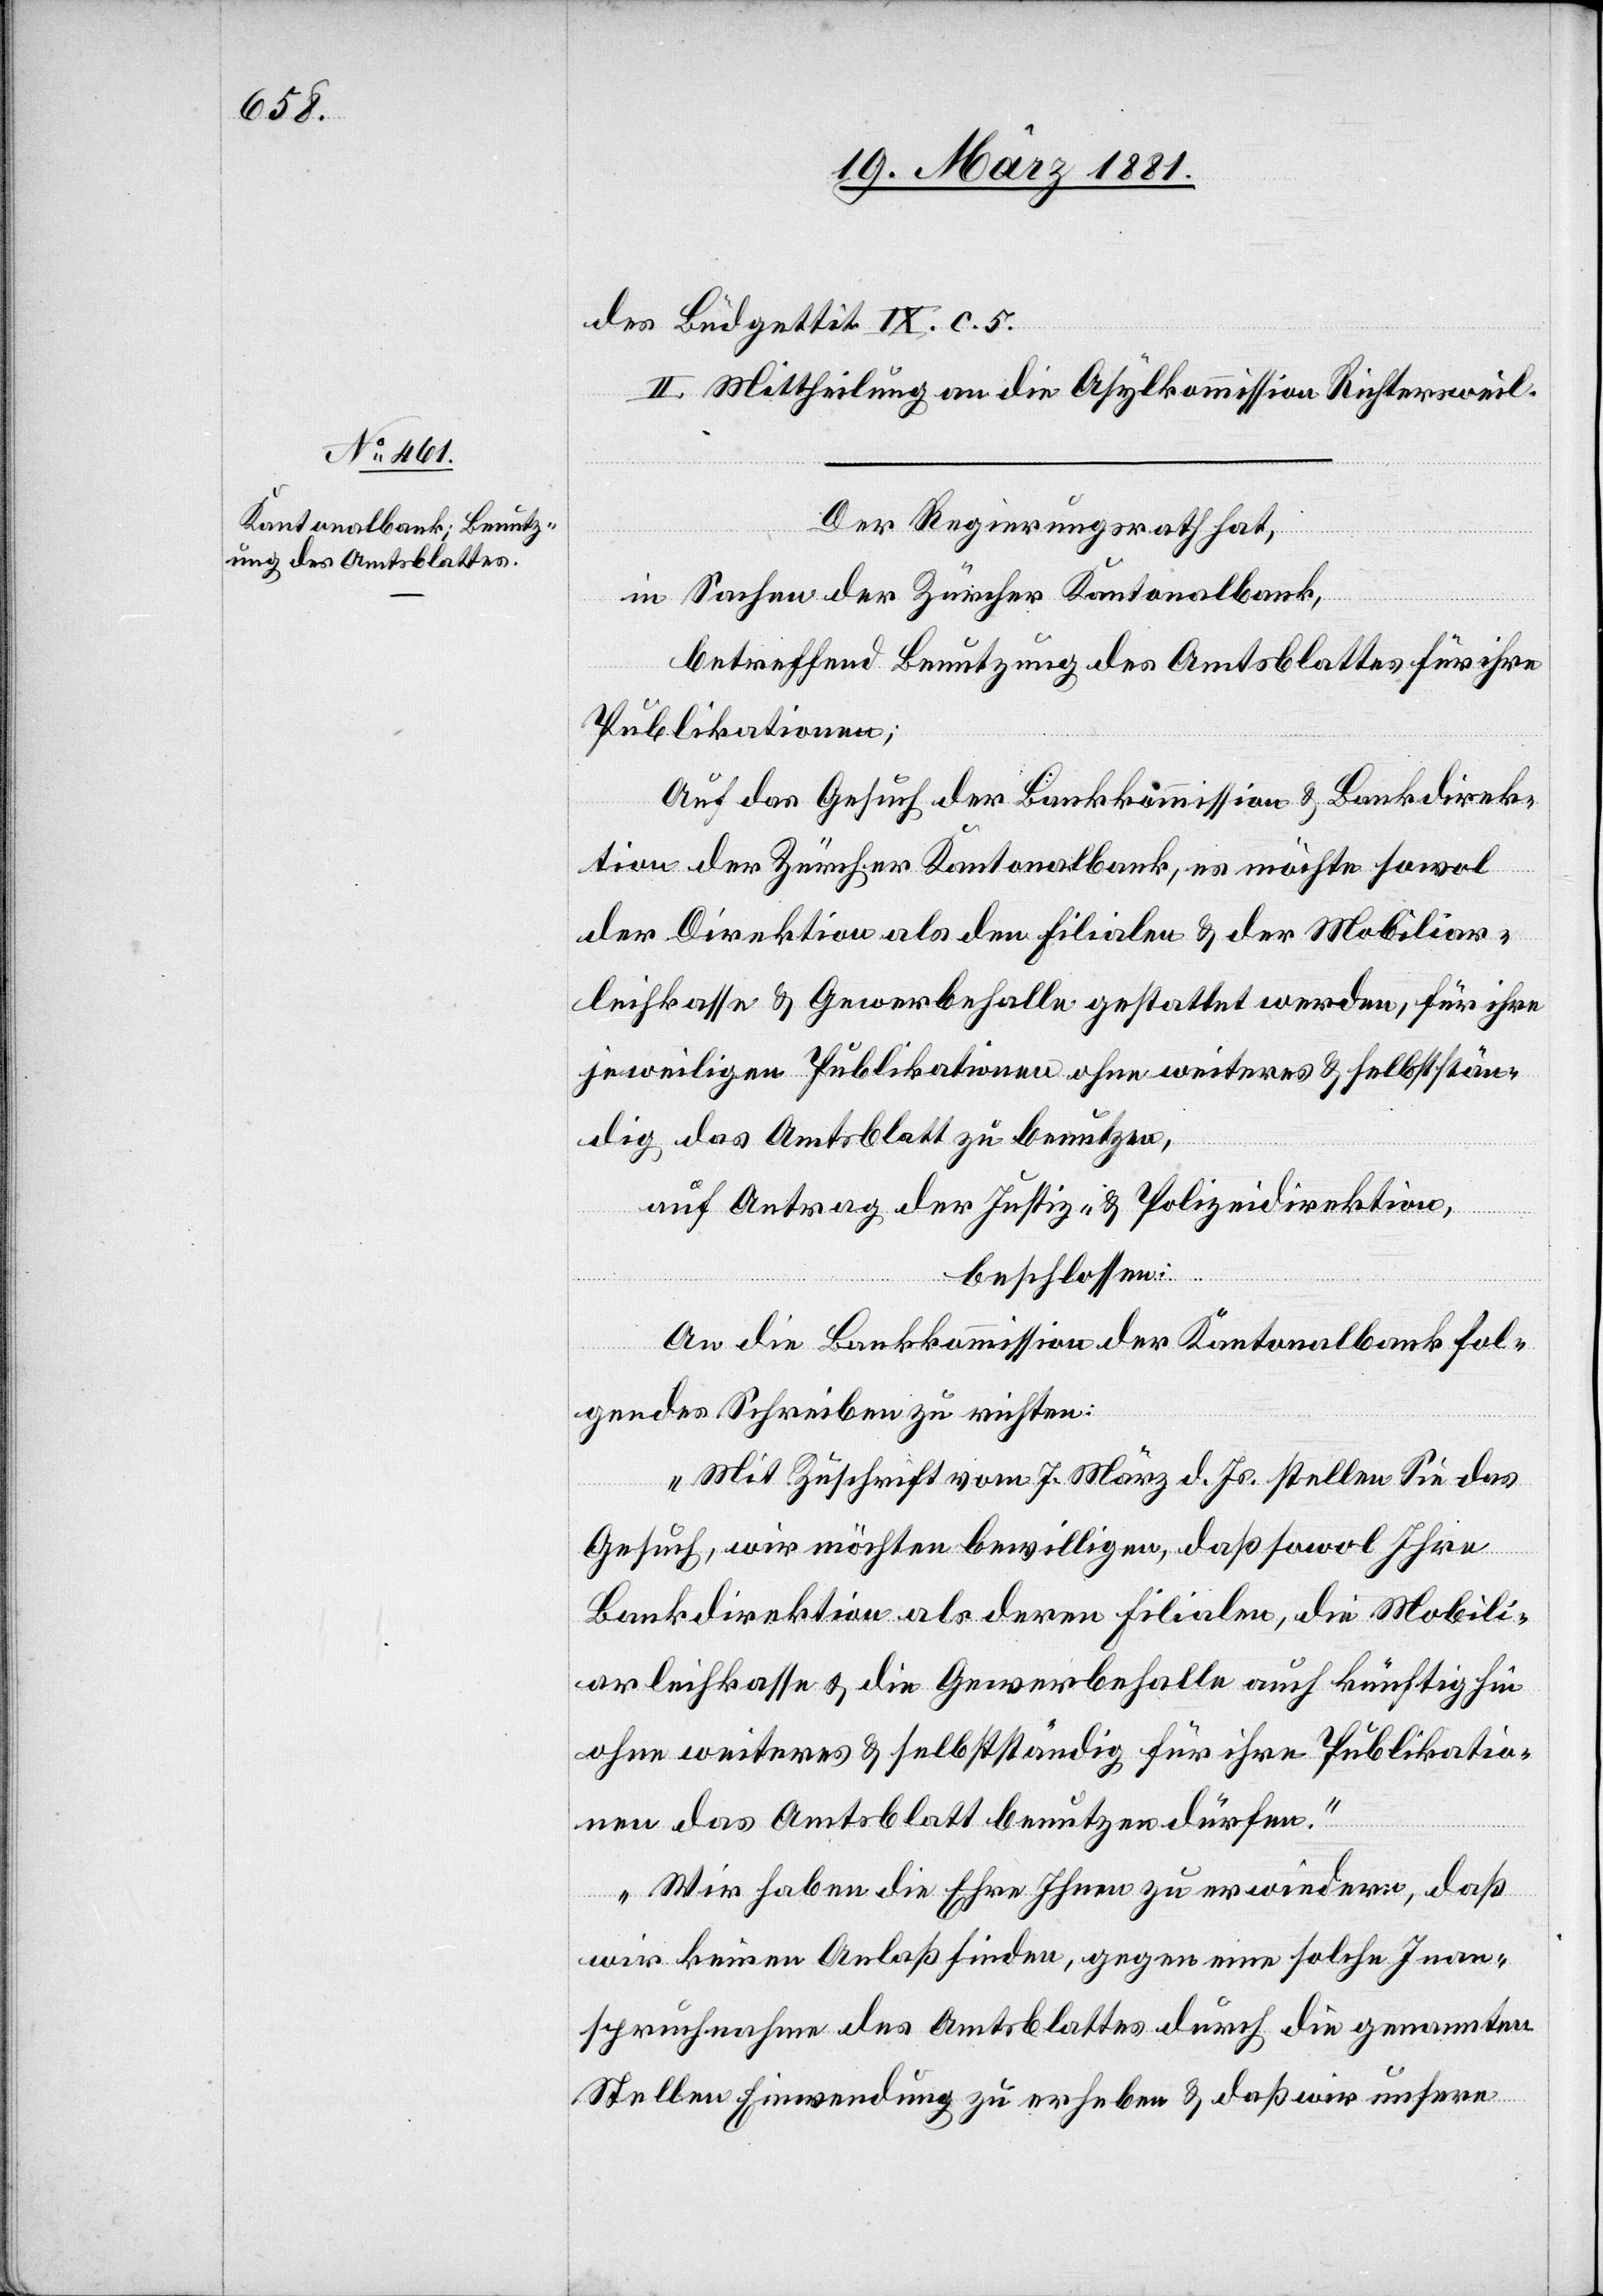
des Büdgettit. IX. c. 5.
II. Mittheilung an die Asylkommission Richtersweil.
zu
Der Regierungsrath hat,
in Sachen der Zürcher Kantonalbank,
betreffend Benutzung des Amtsblattes für ihre
Publikationen;
Auf das Gesuch der Bankkommission & Bankdirek¬
tion der Züricher Kantonalbank, es möchte sowol
der Direktion als den Filialen & der Mobiliar¬
leihkasse & Gewerbehalle ohne weiteres & selbstständig
auf Antrag der Justiz- & Polizeidirektion,
beschlossen:
An die Bankkommission der Kantonalbank fol¬
gendes Schreiben zu richten:
„Mit Zuschrift vom 7. März d. Js. stellen Sie das
Gesuch, wir möchten bewilligen, daß sowol Ihre
Bankdirektion als deren Filialen, die Mobili¬
arleihkasse & die Gewerbehalle auch künftig hin
ohne weiteres & selbstständig für ihre Publikatio¬
nen das Amtsblatt benutzen dürfen.“
„Wir haben die Ehre Ihnen zu erwiedern, daß
wir keinen Anlaß finden, gegen eine solche Inan¬
spruchnahme des Amtsblattes durch die genannten
Stellen Einwendung zu erheben & daß wir unsere